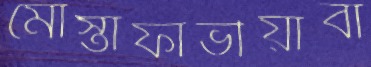
মোস্তাফাভীয়াবা